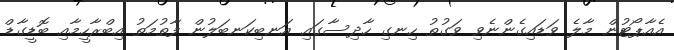
އެއާޕޯޓުން މާލެ ވަޑައިގެންނެވި ވަގުތު ހިނގި ހާދިސާގައި އަނބިކަނބަލުން ފާތުމަތު އިބްރާހީމާއި ބޮޑީގާޑް